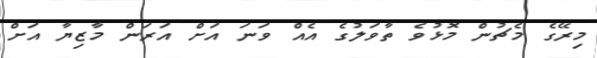
މިރޭގެ މެޗުން މޮޅުވެ ތާވަލުގެ އެއް ވަނަ އަށް އަރަން މާޒިޔާ އަށް